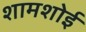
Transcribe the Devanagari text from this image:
शामशोई